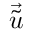
\vec { \Tilde { u } }